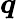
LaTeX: \boldsymbol{q}